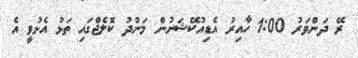
ރޭ ދަންވަރު 1:00 ހާއިރު އެޑިއުކޭޝަނުން މަންދު ކޮލެޖްގައި ތަޅު އެޅުވީ އެ